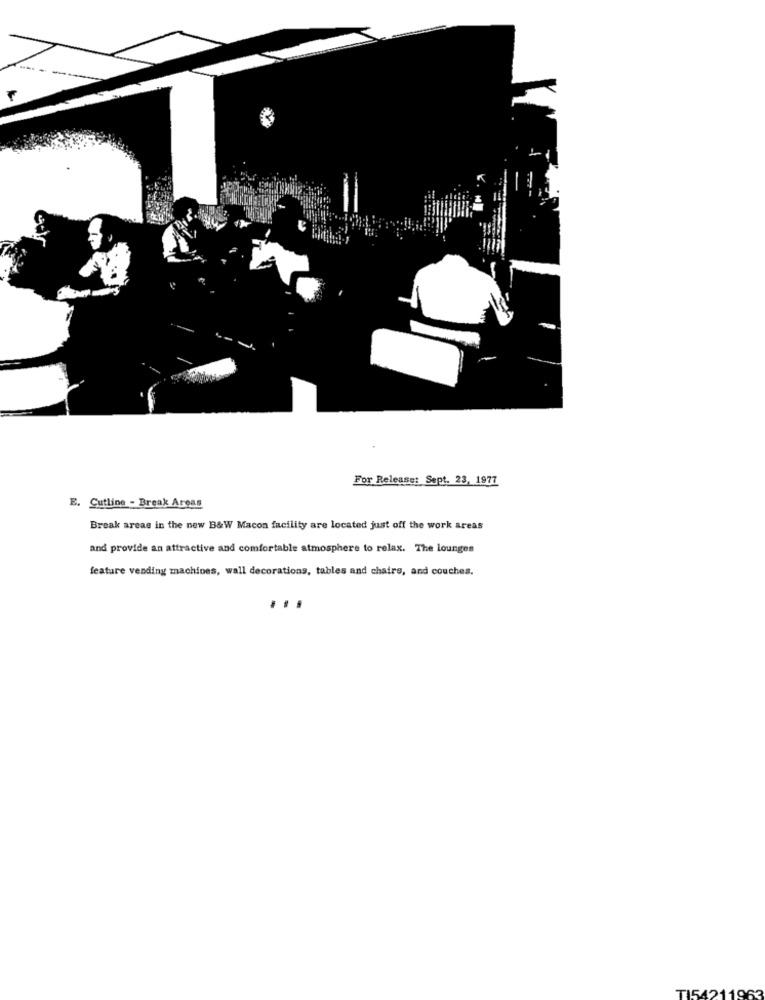
For Release: Sept. 23, 1977
E. Cutline - Break Areas
Break areas in the new B&W Macon facility are located just off the work areas
and provide an attractive and comfortable atmosphere to relax. The lounges
feature vending machines, wall decorations, tables and chairs, and couches.
...
TI54211963